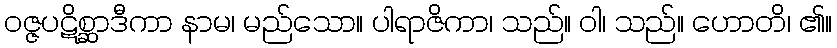
ဝဇ္ဇပဋိစ္ဆာဒီကာ နာမ၊ မည်သော။ ပါရာဇိကာ၊ သည်။ ဝါ၊ သည်။ ဟောတိ၊ ၏။